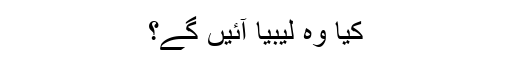
کیا وہ لیبیا آئیں گے؟